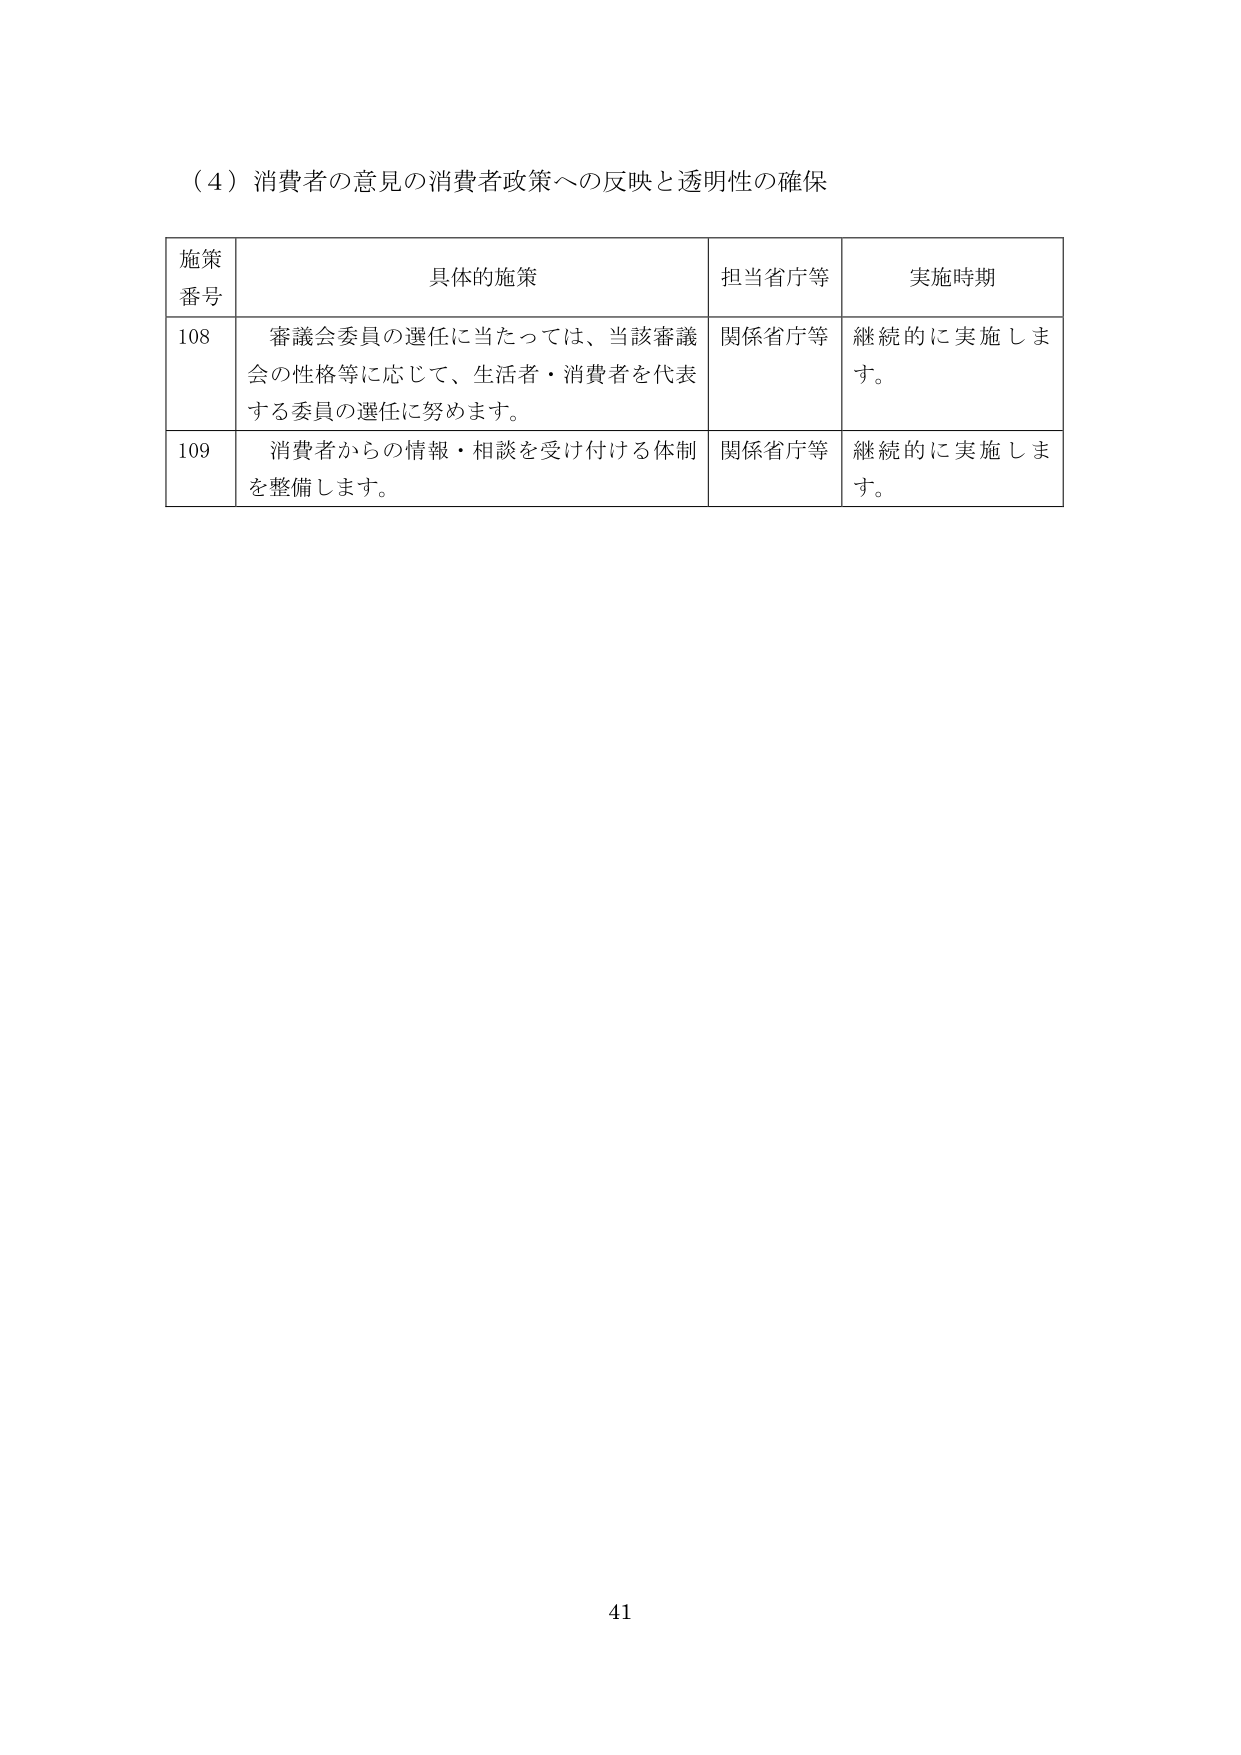
（４）消費者の意見の消費者政策への反映と透明性の確保

施策
番号	具体的施策	担当省庁等	実施時期
108	審議会委員の選任に当たっては、当該審議会の性格等に応じて、生活者・消費者を代表する委員の選任に努めます。	関係省庁等	継続的に実施します。
109	消費者からの情報・相談を受け付ける体制を整備します。	関係省庁等	継続的に実施します。

41